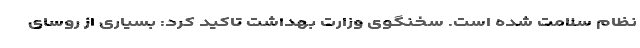
نظام سلامت شده است. سخنگوی وزارت بهداشت تاکید کرد: بسیاری از روسای